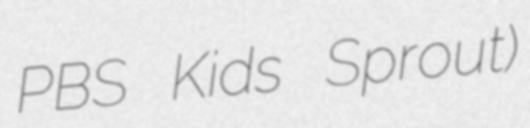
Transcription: PBS Kids Sprout)